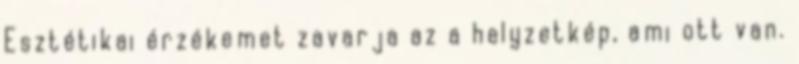
Esztétikai érzékemet zavarja az a helyzetkép, ami ott van.